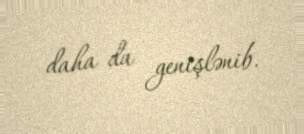
daha da genişlənib.